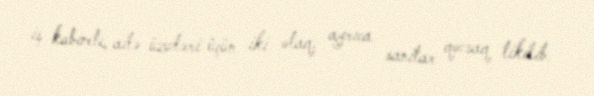
iş kabineti, ailə üzvləri üçün iki otaq, ayrıca sanitar qovşaq tikilib.